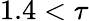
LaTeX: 1.4<\tau